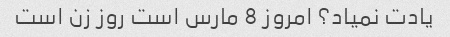
یادت نمیاد؟ امروز 8 مارس است روز زن است